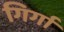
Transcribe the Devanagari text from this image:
गिर्गा